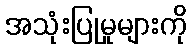
အသုံးပြုမှုများကို